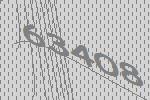
63408